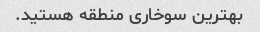
بهترین سوخاری منطقه هستید.